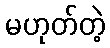
မဟုတ်တဲ့